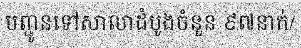
បញ្ជូនទៅសាលាដំបូងចំនួន ៩៧នាក់/